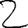
Digit: 2